Report of the Bombay Plague Committee
Disease focus: Plague
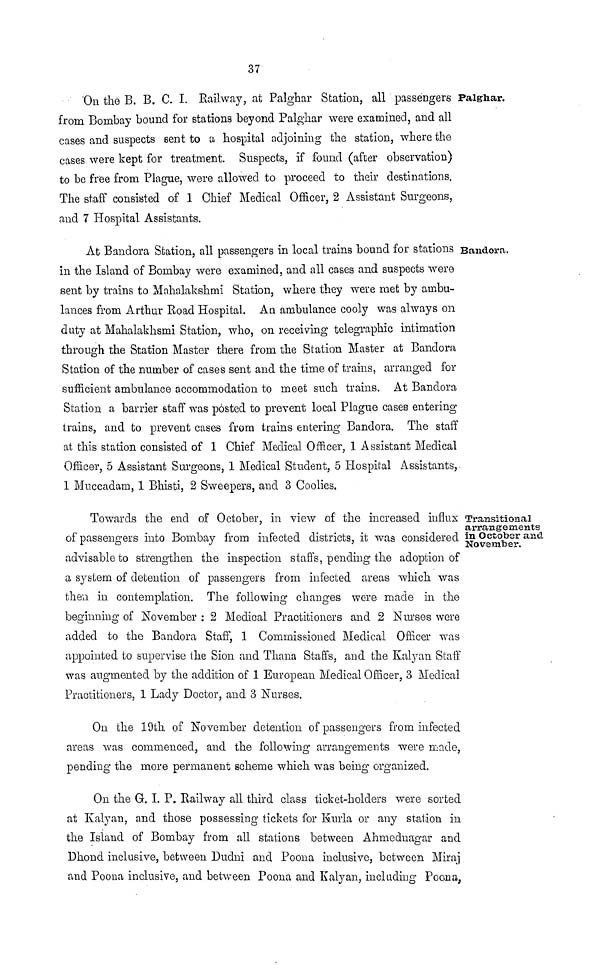
37
Palghar.
On the B. B. C. I. Railway, at Palghar Station, all passengers
from Bombay bound for stations beyond Palghar were examined, and all
cases and suspects sent to a hospital adjoining the station, where the
cases were kept for treatment. Suspects, if found (after observation)
to be free from Plague, were allowed to proceed to their destinations.
The staff consisted of 1 Chief Medical Officer, 2 Assistant Surgeons,
and 7 Hospital Assistants.
Bandora,
At Bandora Station, all passengers in local trains bound for stations
in the Island of Bombay were examined, and all cases and suspects were
sent by trains to Mahalakshmi Station, where they were met by ambu-
lances from Arthur Road Hospital. An ambulance cooly was always on
duty at Mahalakhsmi Station, who, on receiving telegraphic intimation
through the Station Master there from the Station Master at Bandora
Station of the number of cases sent and the time of trains, arranged for
sufficient ambulance accommodation to meet such trains. At Bandora
Station a barrier staff was posted to prevent local Plague cases entering
trains, and to prevent cases from trains entering Bandora. The staff
at this station consisted of 1 Chief Medical Officer, 1 Assistant Medical
Officer, 5 Assistant Surgeons, 1 Medical Student, 5 Hospital Assistants,
1 Muccadam, 1 Bhisti, 2 Sweepers, and 3 Coolies.
Transitional
arrangements
in October and
November.
Towards the end of October, in view of the increased influx
of passengers into Bombay from infected districts, it was considered
advisable to strengthen the inspection staffs, pending the adoption of
a system of detention of passengers from infected areas which was
then in contemplation. The following changes were made in the
beginning of November : 2 Medical Practitioners and 2 Nurses were
added to the Bandora Staff, 1 Commissioned Medical Officer was
appointed to supervise the Sion and Thana Staffs, and the Kalyan Staff
was augmented by the addition of 1 European Medical Officer, 3 Medical
Practitioners, 1 Lady Doctor, and 3 Nurses.
On the 19th of November detention of passengers from infected
areas was commenced, and the following arrangements were made,
pending the more permanent scheme which was being organized.
On the G. I. P. Railway all third class ticket-holders were sorted
at Kalyan, and those possessing tickets for Kurla or any station in
the Island of Bombay from all stations between Ahmednagar and
Dhond inclusive, between Dudni and Poona inclusive, between Miraj
and Poona inclusive, and between Poona and Kalyan, including Poona,